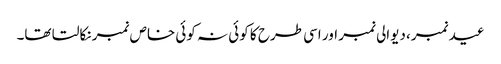
عید نمبر، دیوالی نمبر اور اسی طرح کا کوئی نہ کوئی خاص نمبر نکالتا تھا۔